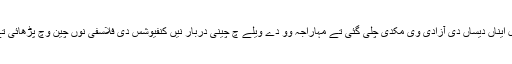
ویلے دے نال نال ایناں دیساں دی آزادی وی مکدی چلی گئی تے مہاراجہ وو دے ویلے چ چینی دربار نیں کنفیوشس دی فلاسفی نوں چین وچ پڑھائی تے قنون وچ ودایا۔